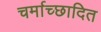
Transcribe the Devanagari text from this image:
चर्माच्छादित